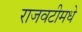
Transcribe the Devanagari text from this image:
राजवटीमधे